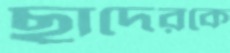
ছাদেরকে